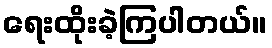
ရေးထိုးခဲ့ကြပါတယ်။